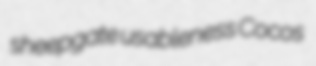
sheepgate usableness Cocos